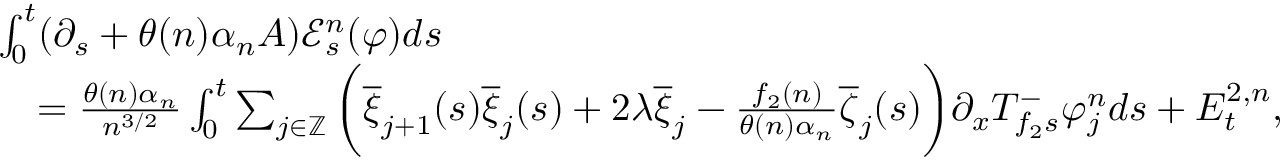
\begin{array} { r l } & { \int _ { 0 } ^ { t } ( \partial _ { s } + \theta ( n ) \alpha _ { n } A ) \mathcal { E } _ { s } ^ { n } ( \varphi ) d s } \\ & { \quad = \frac { \theta ( n ) \alpha _ { n } } { n ^ { 3 / 2 } } \int _ { 0 } ^ { t } \sum _ { j \in \mathbb { Z } } \bigg ( \overline { { \xi } } _ { j + 1 } ( s ) \overline { { \xi } } _ { j } ( s ) + 2 \lambda \overline { { \xi } } _ { j } - \frac { f _ { 2 } ( n ) } { \theta ( n ) \alpha _ { n } } \overline { { \zeta } } _ { j } ( s ) \bigg ) \partial _ { x } T _ { f _ { 2 } s } ^ { - } \varphi _ { j } ^ { n } d s + E _ { t } ^ { 2 , n } , } \end{array}